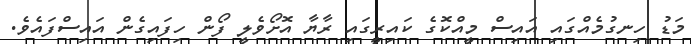
މަޑު ހިނގުމެއްގައި އައިސް މީއްކޮގެ ކައިރީގައި ރާޔާ އޮށޯވެލީ ފޯން ހިފައިގެން އައިސްފައެވެ.